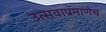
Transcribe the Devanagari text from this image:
उत्सवाप्रमाणेच